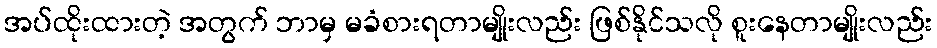
အပ်ထိုးထားတဲ့ အတွက် ဘာမှ မခံစားရတာမျိုးလည်း ဖြစ်နိုင်သလို စူးနေတာမျိုးလည်း